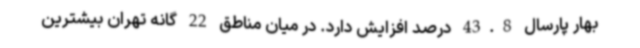
بهار پارسال 43.8 درصد افزایش دارد. در میان مناطق 22 گانه تهران بیشترین